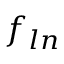
f _ { l n }